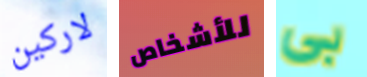
لاركين للأشخاص بي